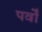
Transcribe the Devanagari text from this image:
पर्वोँ